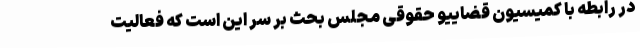
در رابطه با کمیسیون قضاییو حقوقی مجلس بحث بر سر این است که فعالیت